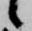
候